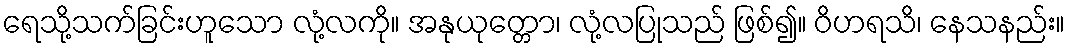
ရေသို့သက်ခြင်းဟူသော လုံ့လကို။ အနုယုတ္တော၊ လုံ့လပြုသည် ဖြစ်၍။ ဝိဟရသိ၊ နေသနည်း။